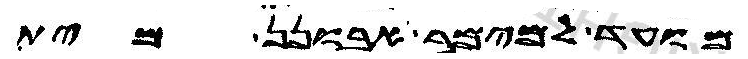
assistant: מועד למימר אבונן מית